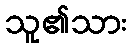
သူ၏သား